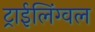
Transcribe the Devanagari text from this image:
ट्राईलिंग्वल